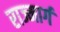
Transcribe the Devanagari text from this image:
राज्मार्ग